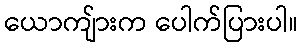
ယောကျ်ားက ပေါက်ပြားပါ။